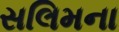
સલિમના